Lunatic asylums Burma 1922-24 - 1922-1924
Year: 1922
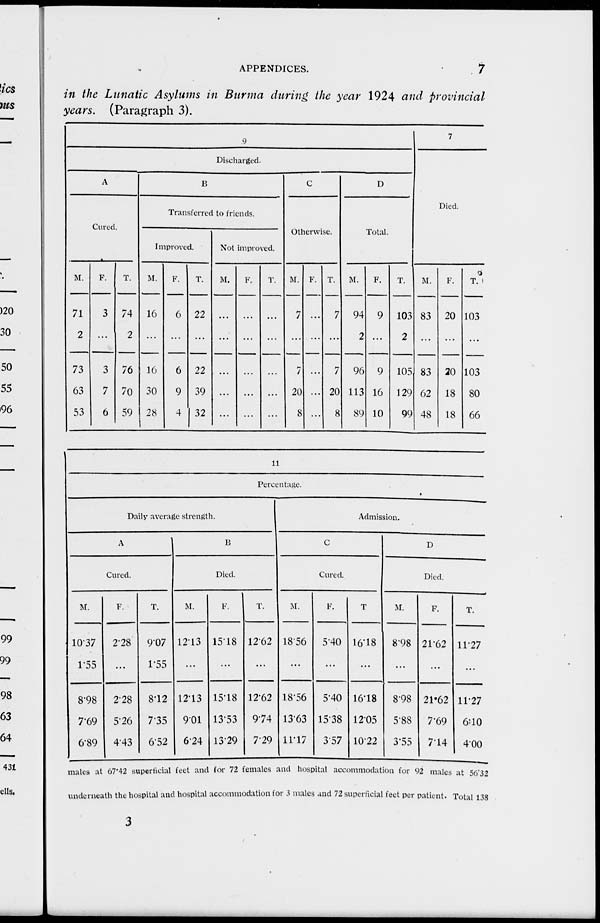
APPENDICES.
7
in the Lunatic Asylums in Burma during the year 1924 and provincial
years. (Paragraph 3).
9
Discharged.
A
Cured.
M.
71
2
73
63
53
F.
3
...
3
7
6
T.
74
2
76
70
59
B
Transferred to friends.
Improved.
M.
16
...
16
30
28
F.
6
...
6
9
4
T.
22
...
22
39
32
Not improved.
M.
...
...
...
...
...
F.
...
...
...
...
...
T.
...
...
...
...
C
Otherwise.
M.
7
...
...
20
8
F.
...
...
...
...
...
T.
7
...
7
20
8
D
Total.
M.
94
2
96
113
89
F.
9
...
9
16
10
T.
103
2
105
129
99
7
Died.
M.
83
...
83
62
48
F.
20
...
20
18
18
T.
103
...
103
80
66
11
Percentage.
Daily average strength.
A
Cured.
M.
10.37
1.55
8.98
7.69
6.89
F.
2.28
...
2.28
5.26
4.43
T.
9.07
1.5
8.12
7.35
6.52
B
Died.
M.
12.13
...
12.13
9.01
6.24
F.
15.18
...
15.18
13.53
13.29
T.
12.62
...
12.62
9.74
7.29
Admission.
C
Cured.
M.
18.56
...
18.56
13.63
11.17
F.
5.40
...
5.40
15.38
3.57
T.
16.18
...
16.18
12.05
10.22
D
Died.
M.
8.98
...
8.98
5.88
3.55
F.
21.62
...
21.62
7.69
7.14
T.
11.27
...
11.27
6.10
4.00
males at 67.42 superficial feet and for 72 females and hospital accommodation for 92 males at 56.32
underneath the hospital and hospital accommodation for 3 males and 72 superficial feet per patient. Total 138
3